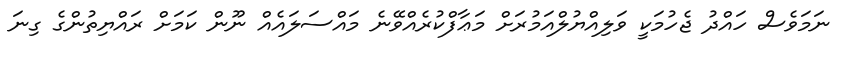
ނަމަވެސް ހައްދު ޖެހުމަކީ ވަލިއްޔުލްއަމުރަށް މަޢާފްކުރެއްވޭނެ މައްސަލައެއް ނޫން ކަމަށް ރައްޔިތުންގެ ގިނަ